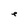
Character: e